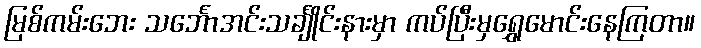
မြစ်ကမ်းဘေး သင်္ဘောအင်းသင်္ချိုင်းနားမှာ ကပ်ပြီးမှရွှေမောင်းနေကြတာ။